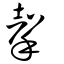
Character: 撀